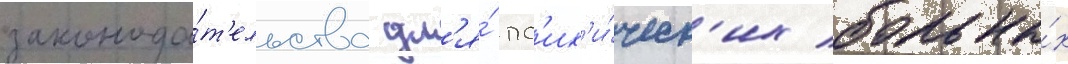
законода́т'ельства дл'я́ пс'их'и́ческ'их больны́х